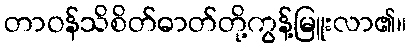
တာဝန်သိစိတ်ဓာတ်တို့ကွန့်မြူးလာ၏။